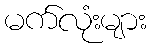
မက်လုံးများ